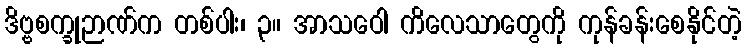
ဒိဗ္ဗစက္ခုဉာဏ်က တစ်ပါး၊ ၃။ အာသဝေါ ကိလေသာတွေကို ကုန်ခန်းစေနိုင်တဲ့